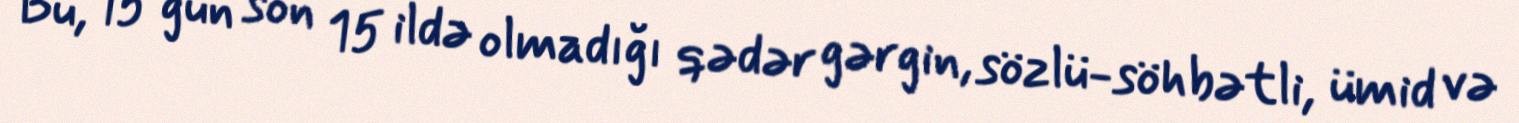
Bu, 15 gün son 15 ildə olmadığı qədər gərgin, sözlü-söhbətli, ümid və